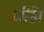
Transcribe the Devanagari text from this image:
जीहैं।